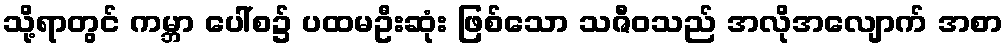
သို့ရာတွင် ကမ္ဘာ ပေါ်စ၌ ပထမဦးဆုံး ဖြစ်သော သဇီဝသည် အလိုအလျောက် အစာ